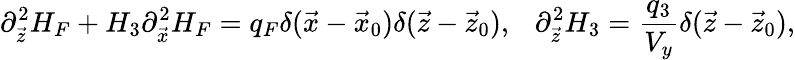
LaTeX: \partial_{\vec{z}}^{2}H_{F}+H_{3}\partial_{\vec{x}}^{2}H_{F}=q_{F}\delta({\vec{x}-\vec{x}_{0}})\delta(\vec{z}-\vec{z}_{0}),\ \ \ \partial_{\vec{z}}^{2}H_{3}={\frac{q_{3}}{V_{y}}}\delta({\vec{z}-\vec{z}_{0}}),